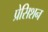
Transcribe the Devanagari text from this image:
प्रेसिशन